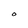
Character: O